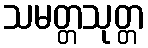
သမတ္တသုတ္တ